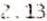
2.13